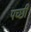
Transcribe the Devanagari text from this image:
पच्‍छी